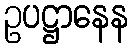
ဥပဋ္ဌာနေန